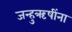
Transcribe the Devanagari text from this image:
जन्हुऋषींना